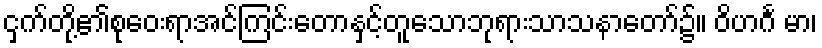
ငှက်တို့၏စုဝေးရာအင်ကြင်းတောနှင့်တူသောဘုရားသာသနာတော်၌။ ဝိဟင်္ဂ မာ၊